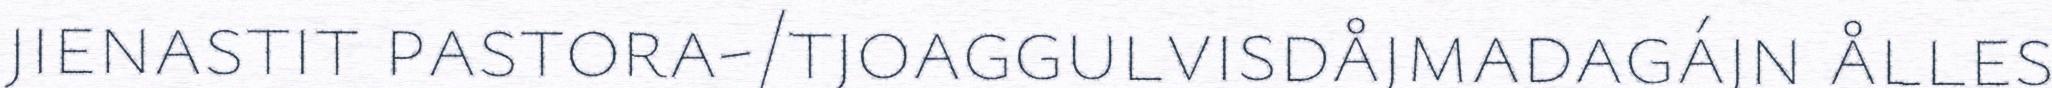
jienastit pastora-/tjoaggulvisdåjmadagájn ålles